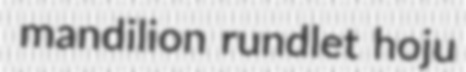
mandilion rundlet hoju